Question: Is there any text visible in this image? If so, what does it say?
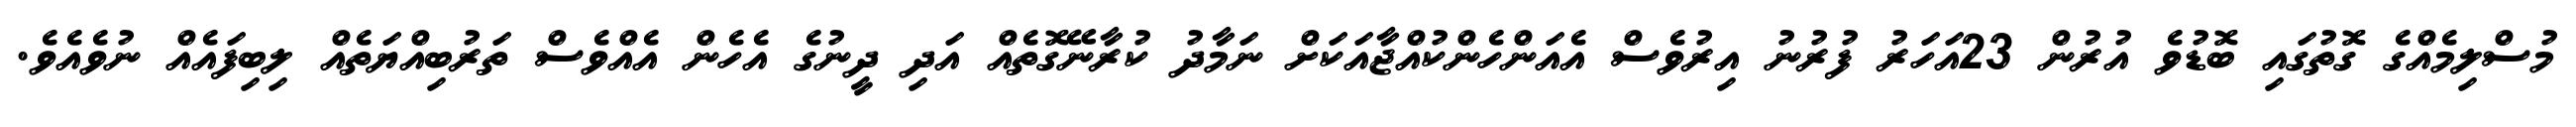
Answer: މުސްލިމެއްގެ ގޮތުގައި ބޮޑުވެ އުރުން 23އަހަރު ފުރުނު އިރުވެސް އެއަންހެންކުއްޖާއަކަށް ނަމާދު ކުރާނޭގޮތެއް އަދި ދީނުގެ އެހެން އެއްވެސް ތަރުބިއްޔަތެއް ލިބިފައެއް ނުވެއެވެ.